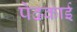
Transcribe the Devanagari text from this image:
पेढकाई